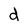
Character: d